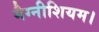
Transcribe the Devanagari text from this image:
मैग्नीशियम।